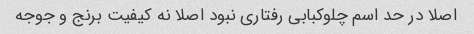
اصلا در حد اسم چلوکبابی رفتاری نبود اصلا نه کیفیت برنج و جوجه